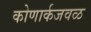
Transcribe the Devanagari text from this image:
कोणार्कजवळ